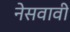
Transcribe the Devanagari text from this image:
नेसवावी